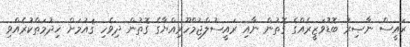
ރައީސް ނާޞިރު ބޮޑުވަޒީރެއްގެ ގޮތުން ނާއި ރައީސުލްޖުމްހޫރިއްޔާގެ ގޮތުން ދިވެހި ޤައުމަށް ޚިދުމަތްކުރެއްވި